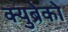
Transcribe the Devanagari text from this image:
क्युब्रेको